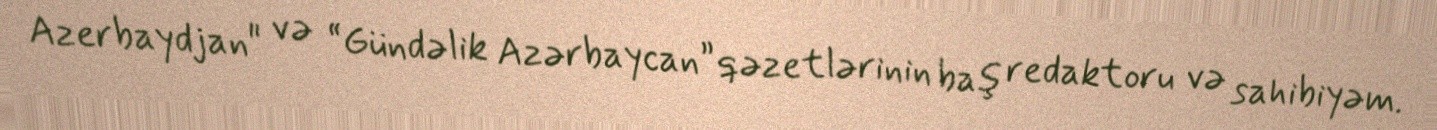
Azerbaydjan" və “Gündəlik Azərbaycan” qəzetlərinin baş redaktoru və sahibiyəm.